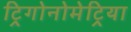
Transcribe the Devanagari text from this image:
ट्रिगोनोमेट्रिया